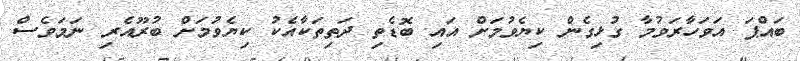
ބައްޕަ އަވަހާރަވުމާ ގުޅިގެން ކިޔެވުމަށް އައި ބޮޑެތި ދަތިތަކާއެކު ކިޔެވުމަށް ބުރޫއެރި ނަމަވެސް